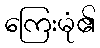
ကြေးမုံ၏